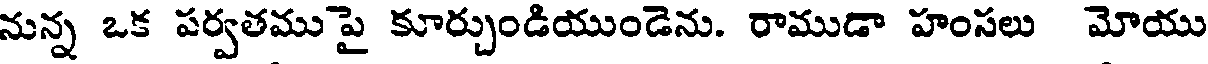
నున్న ఒక పర్వతము పై కూర్చుండియుండెను. రాముడా హంసలు మోయు